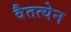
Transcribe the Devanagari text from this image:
वैतत्येन